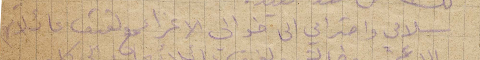
سلامي واحترامي الى خوالي الأعزاء مع لفيف عائلاتهم